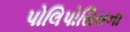
પોલિપોસિસના